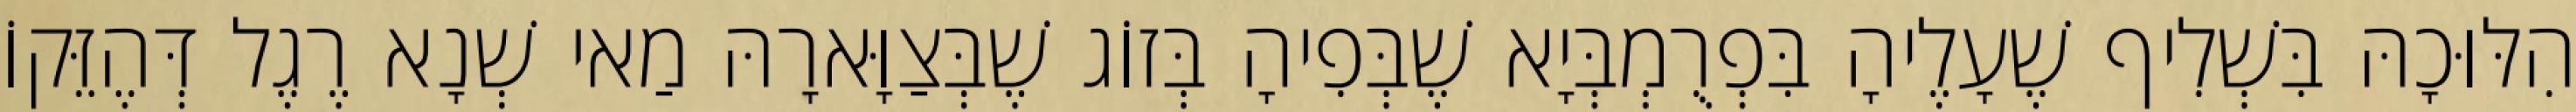
הִלּוּכָהּ בִּשְׁלִיף שֶׁעָלֶיהָ בִּפְרֻמְבְּיָא שֶׁבְּפִיהָ בְּזוֹג שֶׁבְּצַוָּארָהּ מַאי שְׁנָא רֶגֶל דְּהֶזֵּקוֹ